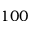
1 0 0